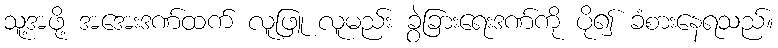
သူ့အဖို့ အအေးဒဏ်ထက် လူဖြူ လူမည်း ခွဲခြားရေးဒဏ်ကို ပို၍ ခံစားနေရသည်။